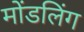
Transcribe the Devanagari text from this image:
मोंडलिंग